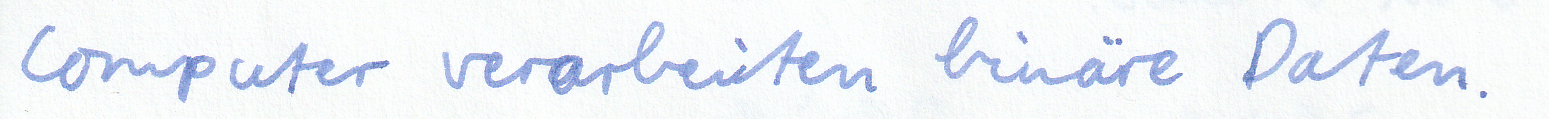
Computer verarbeiten binäre Daten.